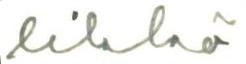
likkö